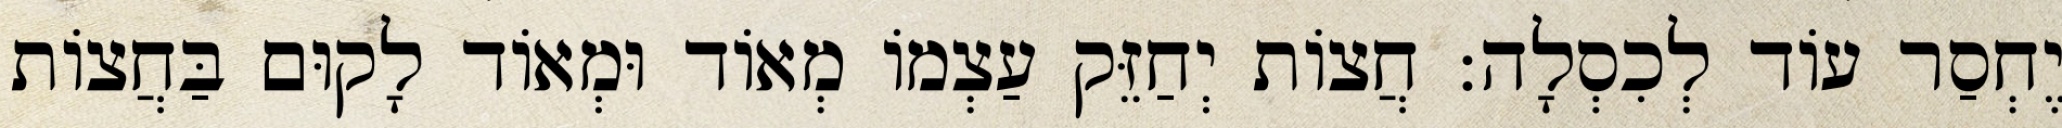
יֶחְסַר עוֹד לְכִסְלָה: חֲצוֹת יְחַזֵּק עַצְמוֹ מְאוֹד וּמְאוֹד לָקוּם בַּחֲצוֹת